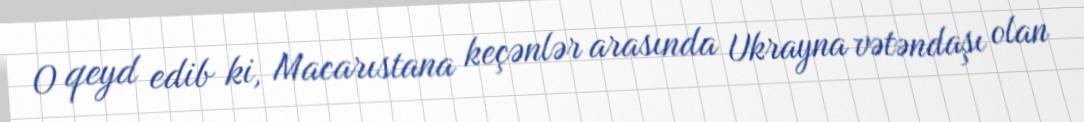
O qeyd edib ki, Macarıstana keçənlər arasında Ukrayna vətəndaşı olan